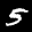
Label: 5